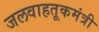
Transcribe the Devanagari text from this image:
जलवाहतूकमंत्री